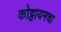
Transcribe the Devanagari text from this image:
कोट्टायमचा